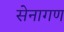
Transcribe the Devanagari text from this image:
सेनागण